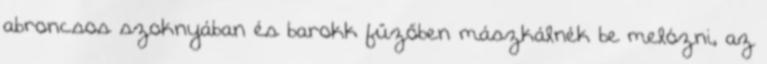
abroncsos szoknyában és barokk fűzőben mászkálnék be melózni, az